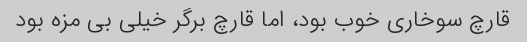
قارچ سوخاری خوب بود، اما قارچ برگر خیلی بی مزه بود